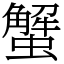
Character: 蟹